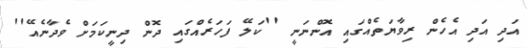
އަދި އަދި އެހެން ރިވާޔަތެއްގައި އޮންނަނީ ''ކަލޭ ފަހަރެއްގައި ދޮން ދިނީކަމަށް ވެދާނެއޭ''